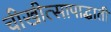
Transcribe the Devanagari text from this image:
चीखीत्सापाद्धाती